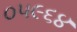
૦૫૯૬૪